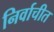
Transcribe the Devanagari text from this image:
निर्वाचीत